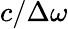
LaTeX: c/\Delta\omega